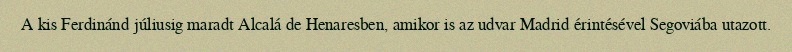
A kis Ferdinánd júliusig maradt Alcalá de Henaresben, amikor is az udvar Madrid érintésével Segoviába utazott.